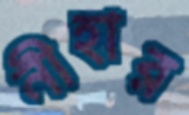
নীহার